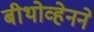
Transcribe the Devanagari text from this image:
बीथोव्हेनने